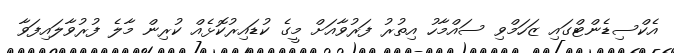
އެކްސިޑެންޓްގައި ޒަހަމްވި ސައްމާހު އިތުރު ފަރުވާއަށް މީގެ ކުޑައިރުކޮޅެއް ކުރިން މާލެ ފުރުވާލައިފަވާ